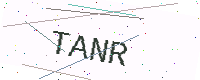
Text: TANR